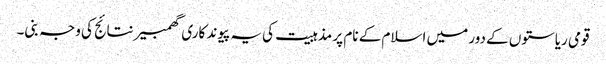
قومی ریاستوں کے دور میں اسلام کے نام پر مذہبیت کی یہ پیوند کاری گھمبیر نتائج کی وجہ بنی۔